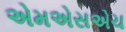
એમએસએચ